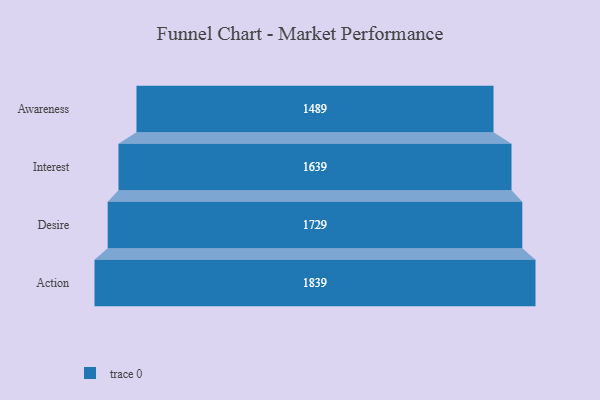
{"axis": {"x": "Stage", "y": "Value"}, "legend": [""], "data": [{"x": "Awareness", "y": 1489.0, "type": ""}, {"x": "Interest", "y": 1639.0, "type": ""}, {"x": "Desire", "y": 1729.0, "type": ""}, {"x": "Action", "y": 1839.0, "type": ""}]}